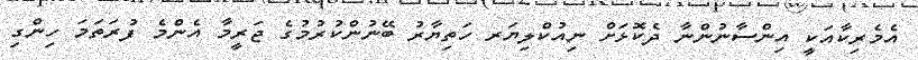
އެމެރިކާއަކީ އިންސާނުންނާ ދެކޮޅަށް ނިއުކްލިޔަރ ހަތިޔާރު ބޭނުންކުރުމުގެ ޖަރީމާ އެންމެ ފުރަތަމަ ހިންގި